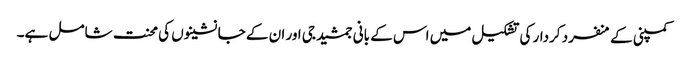
کمپنی کے منفرد کردار کی تشکیل میں اس کے بانی جمشید جی اور ان کے جانشینوں کی محنت شامل ہے۔